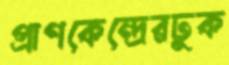
প্রাণকেন্দ্রেরঢুক